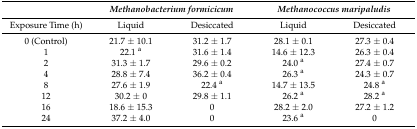
<table><thead><tr><td></td><td colspan="2"><b><i>Methanobacterium formicicum</i></b></td><td colspan="2"><b><i>Methanococcus maripaludis</i></b></td></tr></thead><tbody><tr><td>Exposure Time (h)</td><td>Liquid</td><td>Desiccated</td><td>Liquid</td><td>Desiccated</td></tr><tr><td>0 (Control)</td><td>21.7 ± 10.1</td><td>31.2 ± 1.7</td><td>28.1 ± 0.1</td><td>27.3 ± 0.4</td></tr><tr><td>1</td><td>22.1 <sup>a</sup></td><td>31.6 ± 1.4</td><td>14.6 ± 12.3</td><td>26.3 ± 0.4</td></tr><tr><td>2</td><td>31.3 ± 1.7</td><td>29.6 ± 0.2</td><td>24.0 <sup>a</sup></td><td>27.4 ± 0.7</td></tr><tr><td>4</td><td>28.8 ± 7.4</td><td>36.2 ± 0.4</td><td>26.3 <sup>a</sup></td><td>24.3 ± 0.7</td></tr><tr><td>8</td><td>27.6 ± 1.9</td><td>22.4 <sup>a</sup></td><td>14.7 ± 13.5</td><td>24.8 <sup>a</sup></td></tr><tr><td>12</td><td>30.2 ± 0</td><td>29.8 ± 1.1</td><td>26.2 <sup>a</sup></td><td>28.2 <sup>a</sup></td></tr><tr><td>16</td><td>18.6 ± 15.3</td><td>0</td><td>28.2 ± 2.0</td><td>27.2 ± 1.2</td></tr><tr><td>24</td><td>37.2 ± 4.0</td><td>0</td><td>23.6 <sup>a</sup></td><td>0</td></tr></tbody></table>